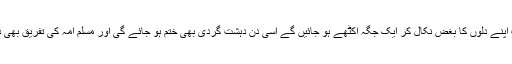
جس دن یہ سب اپنے دلوں کا بغض نکال کر ایک جگہ اکٹھے ہو جائیں گے اسی دن دہشت گردی بھی ختم ہو جائے گی اور مسلم امہ کی تفریق بھی دم توڑ دے گی۔